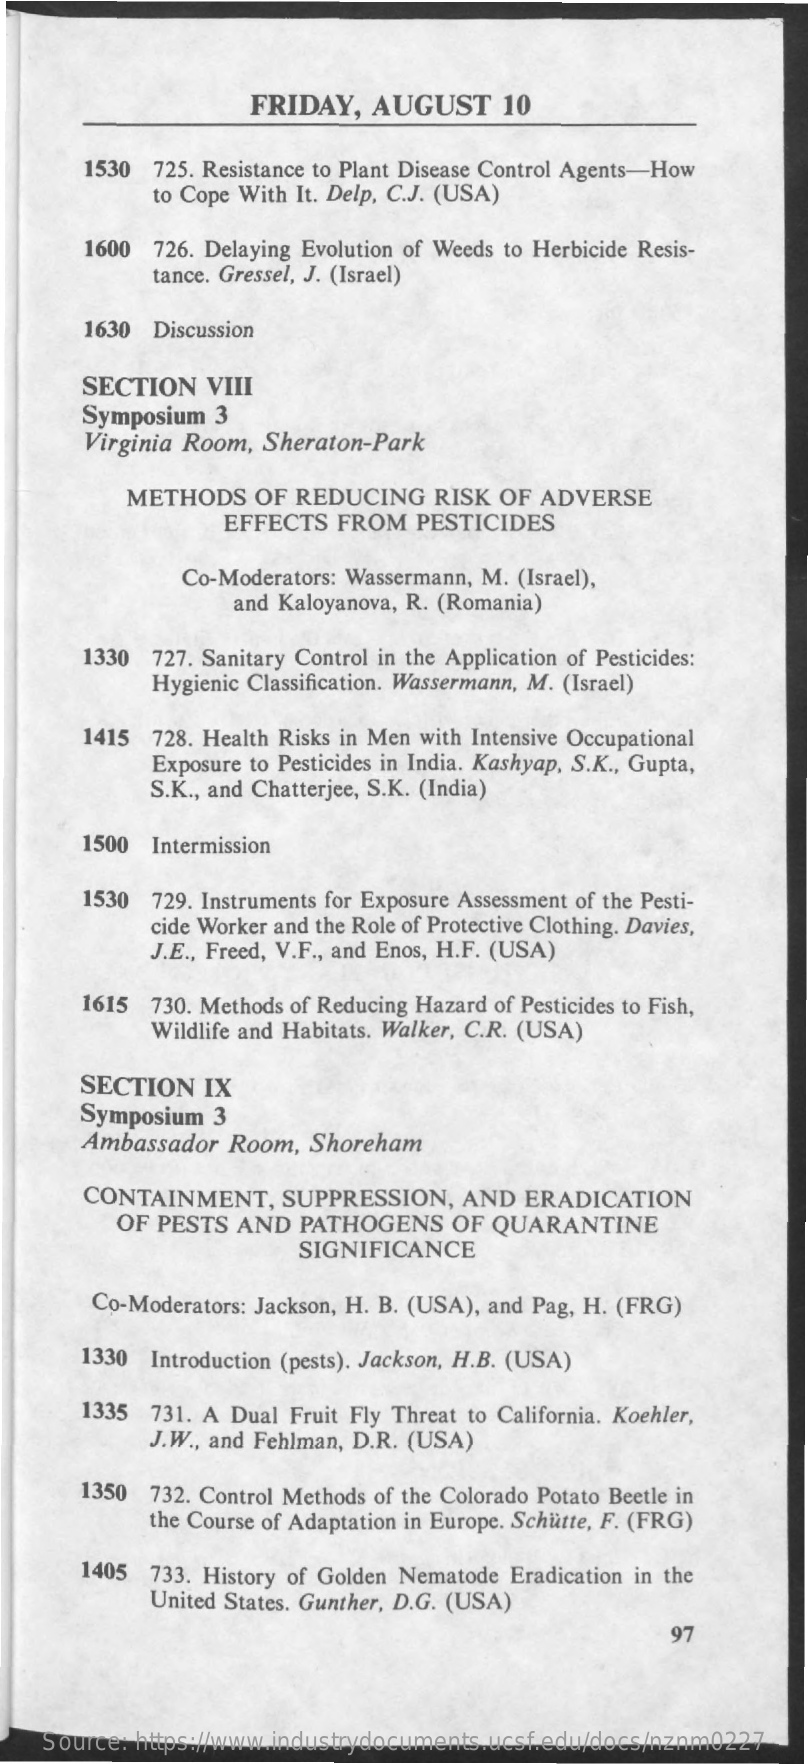
FRIDAY,  AUGUST    10
     1530  725. Resistance to Plant Disease Control Agents-How
     to Cope With It. Delp, C.J. (USA)
     1600  726. Delaying Evolution of Weeds to Herbicide Resis-
     tance. Gressel, J. (Israel)
     1630 Discussion
     SECTION   VIII
     Symposium  3
     Virginia Room, Sheraton-Park
     METHODS   OF REDUCING   RISK  OF ADVERSE
     EFFECTS FROM   PESTICIDES
     Co-Moderators: Wassermann, M. (Israel),
     and Kaloyanova, R. (Romania)
     1330  727. Sanitary Control in the Application of Pesticides:
     Hygienic Classification. Wassermann, M. (Israel)
     1415  728. Health Risks in Men with Intensive Occupational
     Exposure to Pesticides in India. Kashyap, S.K ., Gupta,
     S.K ., and Chatterjee, S.K. (India)
     1500 Intermission
     1530  729. Instruments for Exposure Assessment of the Pesti-
     cide Worker and the Role of Protective Clothing. Davies,
     J.E ., Freed, V.F ., and Enos, H.F. (USA)
     1615  730. Methods of Reducing Hazard of Pesticides to Fish,
     Wildlife and Habitats. Walker, C.R. (USA)
     SECTION   IX
     Symposium  3
     Ambassador  Room, Shoreham
     CONTAINMENT,    SUPPRESSION,   AND  ERADICATION
     OF PESTS AND  PATHOGENS    OF QUARANTINE
     SIGNIFICANCE
     Co-Moderators: Jackson, H. B. (USA), and Pag, H. (FRG)
     1330 Introduction (pests). Jackson, H.B. (USA)
     1335  731. A Dual Fruit Fly Threat to California. Koehler,
     J.W ., and Fehlman, D.R. (USA)
     1350 732. Control Methods of the Colorado Potato Beetle in
     the Course of Adaptation in Europe. Schütte, F. (FRG)
     1405 733. History of Golden Nematode Eradication in the
     United States. Gunther, D.G. (USA)
     97
    Source: https://www.industrydocuments.ucsf.edu/docs/nznm0227